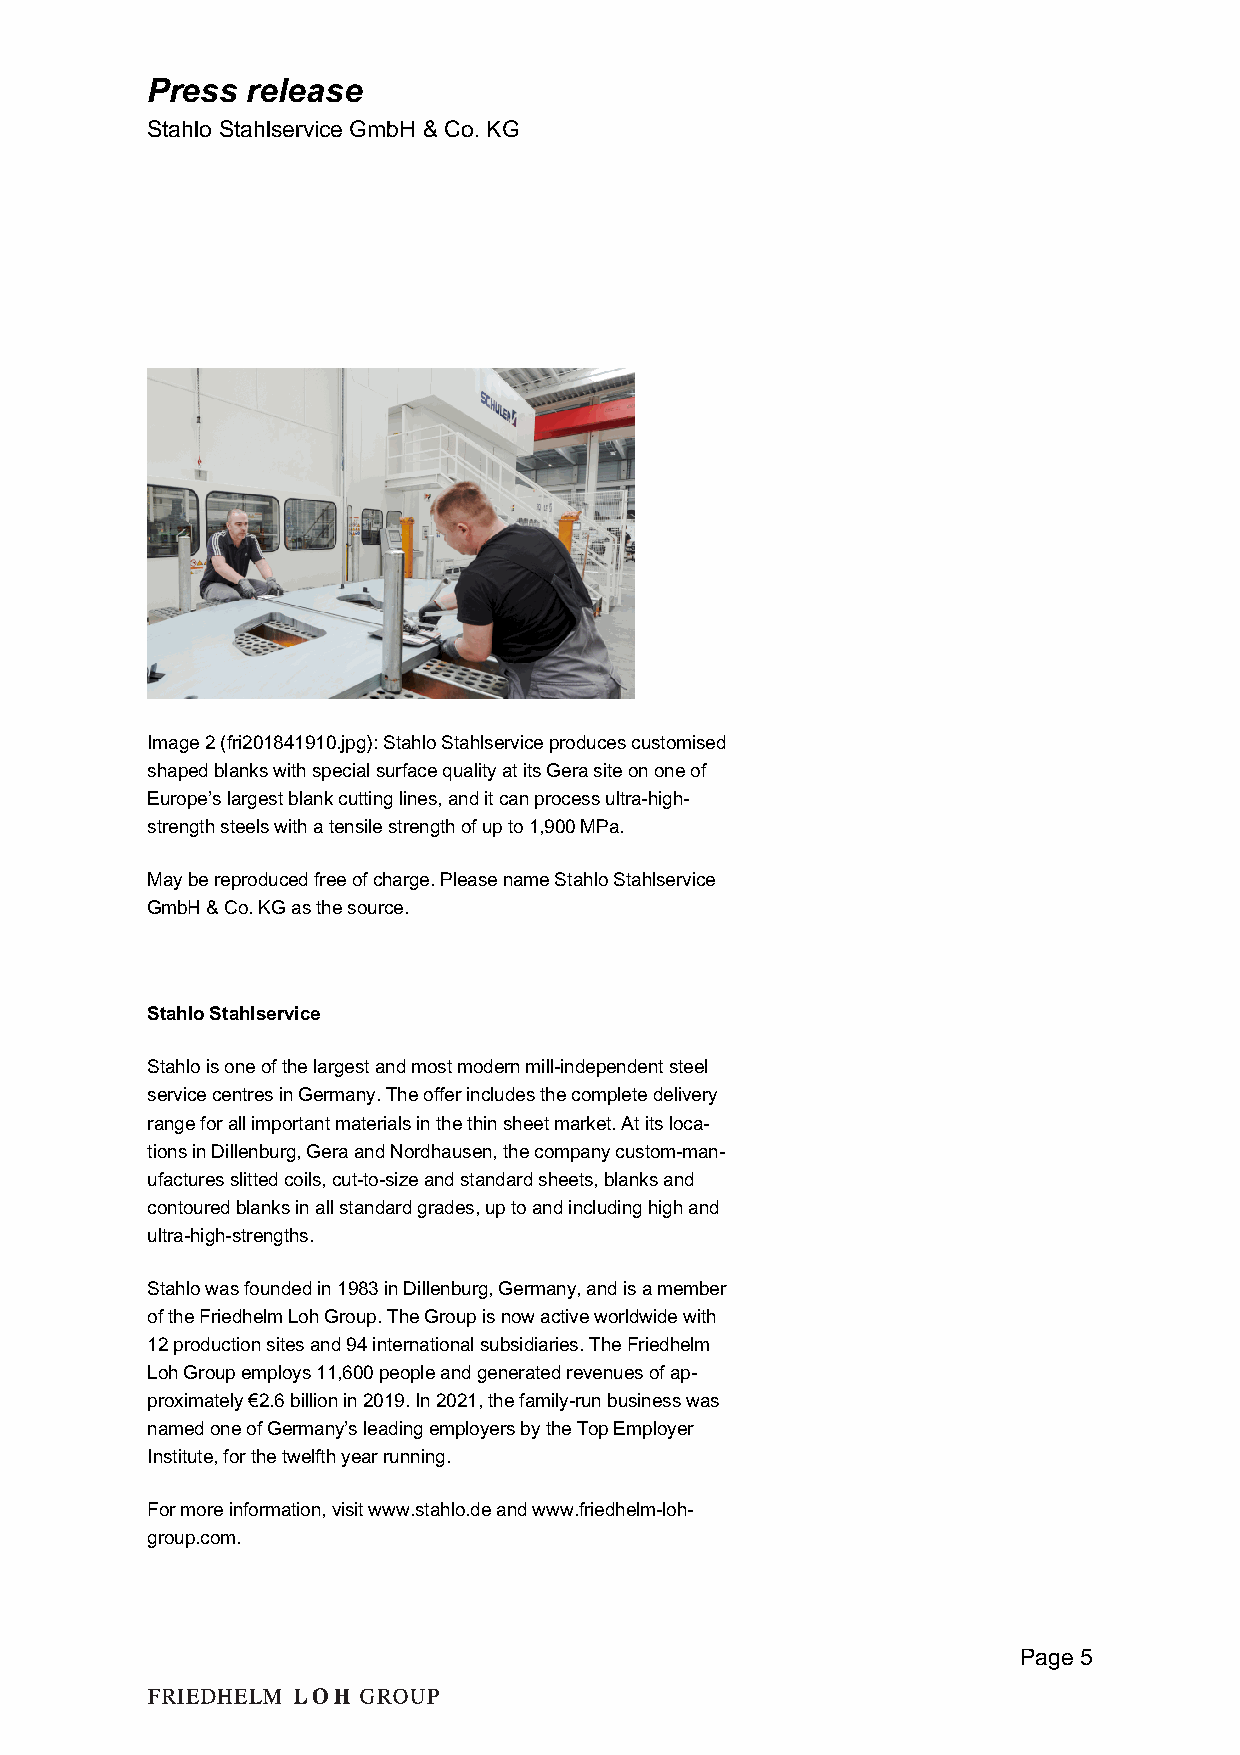
Press release
 Stahlo Stahlservice GmbH & Co. KG
 Image 2 (fri201841910.jpg): Stahlo Stahlservice produces customised
 shaped blanks with special surface quality at its Gera site on one of
 Europe’s largest blank cutting lines, and it can process ultra-high-
 strength steels with a tensile strength of up to 1,900 MPa.
 May be reproduced free of charge. Please name Stahlo Stahlservice
 GmbH & Co. KG as the source.
 Stahlo Stahlservice
 Stahlo is one of the largest and most modern mill-independent steel
 service centres in Germany. The offer includes the complete delivery
 range for all important materials in the thin sheet market. At its loca-
 tions in Dillenburg, Gera and Nordhausen, the company custom-man-
 ufactures slitted coils, cut-to-size and standard sheets, blanks and
 contoured blanks in all standard grades, up to and including high and
 ultra-high-strengths.
 Stahlo was founded in 1983 in Dillenburg, Germany, and is a member
 of the Friedhelm Loh Group. The Group is now active worldwide with
 12 production sites and 94 international subsidiaries. The Friedhelm
 Loh Group employs 11,600 people and generated revenues of ap-
 proximately €2.6 billion in 2019. In 2021, the family-run business was
 named one of Germany’s leading employers by the Top Employer
 Institute, for the twelfth year running.
 For more information, visit www.stahlo.de and www.friedhelm-loh-
 group.com.
 Page 5